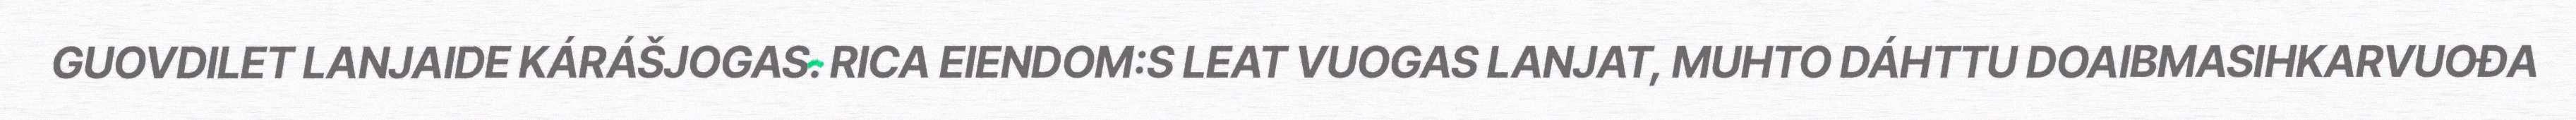
GUOVDILET LANJAIDE KÁRÁŠJOGAS. RICA EIENDOM:S LEAT VUOGAS LANJAT, MUHTO DÁHTTU DOAIBMASIHKARVUOĐA